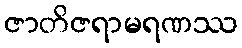
ဇာတိဇရာမရဏဿ